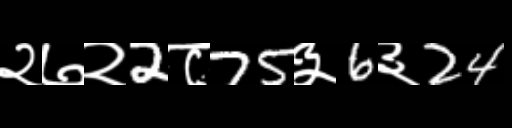
Text: २७२2८75३6३24